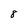
Character: 8